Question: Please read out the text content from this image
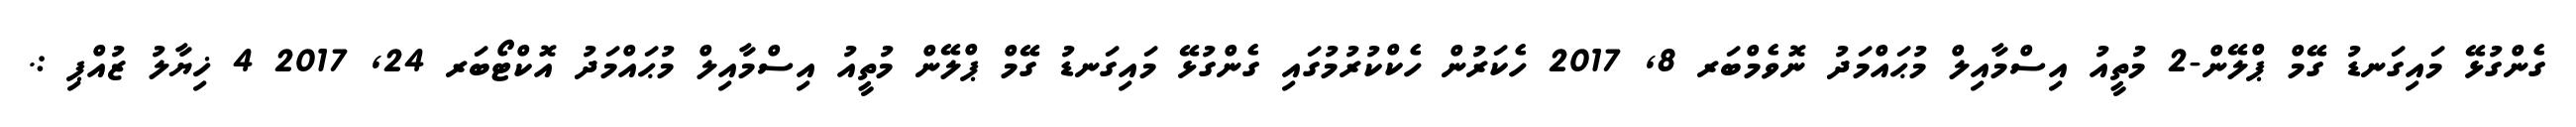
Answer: ގެންގުޅޭ މައިގަނޑު ގޭމް ޕްލޭން-2 މުތީއު އިސްމާއިލް މުޙައްމަދު ނޮވެމްބަރ 8, 2017 ހެކަރުން ހެކްކުރުމުގައި ގެންގުޅޭ މައިގަނޑު ގޭމް ޕްލޭން މުތީއު އިސްމާއިލް މުޙައްމަދު އޮކްޓޯބަރ 24, 2017 4 ޚިޔާލު ޒުއްޕި :.